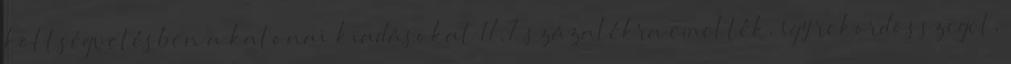
költségvetésben a katonai kiadásokat 17,7 százalékra emelték, így rekordösszeget,